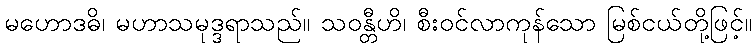
မဟောဒဓိ၊ မဟာသမုဒ္ဒရာသည်။ သဝန္တီဟိ၊ စီးဝင်လာကုန်သော မြစ်ငယ်တို့ဖြင့်။